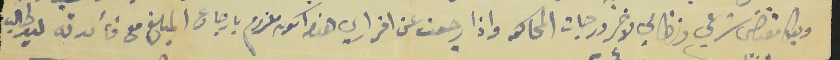
وبكل مقتضى شرعي ونظامي لاخر درجات المحاكمه واذا رجعت عن اقراري هذا اكون ملزو بارجاع المبلغ مع فائدته ليد طالب